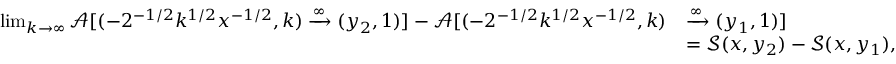
\begin{array} { r l } { \operatorname* { l i m } _ { k \to \infty } \mathcal { A } [ ( - 2 ^ { - 1 / 2 } k ^ { 1 / 2 } x ^ { - 1 / 2 } , k ) \xrightarrow { \infty } ( y _ { 2 } , 1 ) ] - \mathcal { A } [ ( - 2 ^ { - 1 / 2 } k ^ { 1 / 2 } x ^ { - 1 / 2 } , k ) } & { \xrightarrow { \infty } ( y _ { 1 } , 1 ) ] } \\ & { = \mathcal { S } ( x , y _ { 2 } ) - \mathcal { S } ( x , y _ { 1 } ) , } \end{array}